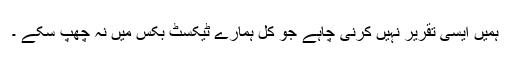
ہمیں ایسی تقریر نہیں کرنی چاہے جو کل ہمارے ٹیکسٹ بکس میں نہ چھپ سکے ۔